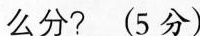
么分?(5分)